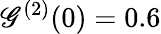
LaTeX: \mathscr{G}^{(2)}(0)=0.6